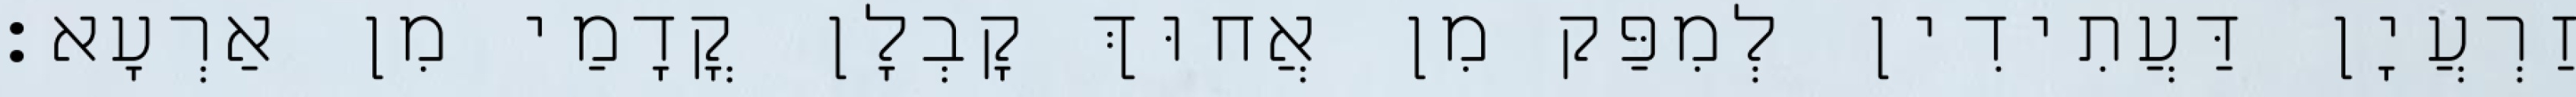
זַרְעֲיָן דַּעֲתִידִין לְמִפַּק מִן אֲחוּךְ קָבְלָן קֳדָמַי מִן אַרְעָא׃